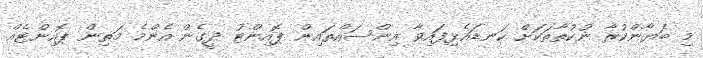
މި ބަޔާންކުރާ ނުކުތާތަކަށް ކަނޑައެޅިފައިވާ އިންސައްތައިން ޕޮއިންޓު ދީގެން އެންމެ މަތިން ޕޮއިންޓެއް